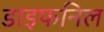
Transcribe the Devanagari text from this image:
डाइफनिल